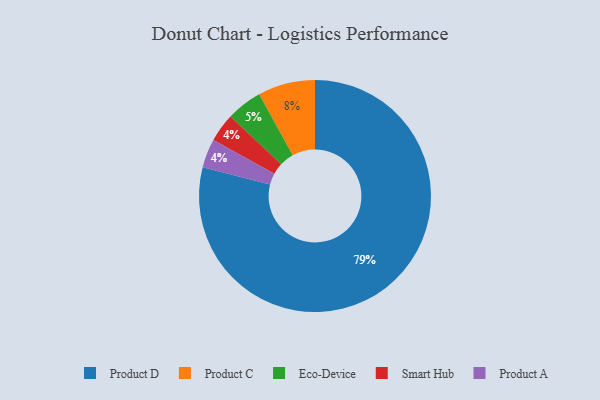
{"axis": {"x": "Category", "y": "Percentage"}, "legend": ["Eco-Device", "Product A", "Product C", "Product D", "Smart Hub"], "data": [{"x": "Smart Hub", "y": 4, "type": "Smart Hub"}, {"x": "Product A", "y": 4, "type": "Product A"}, {"x": "Product D", "y": 79, "type": "Product D"}, {"x": "Eco-Device", "y": 5, "type": "Eco-Device"}, {"x": "Product C", "y": 8, "type": "Product C"}]}